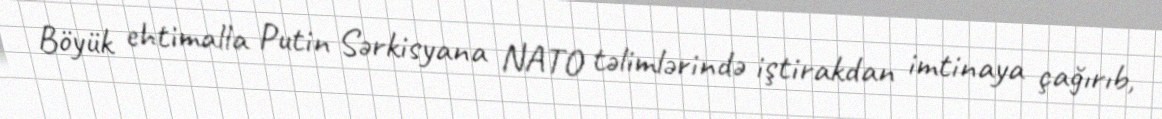
Böyük ehtimalla Putin Sərkisyana NATO təlimlərində iştirakdan imtinaya çağırıb,